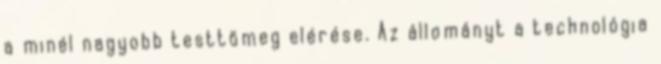
a minél nagyobb testtömeg elérése. Az állományt a technológia